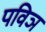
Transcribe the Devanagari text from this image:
पविञ